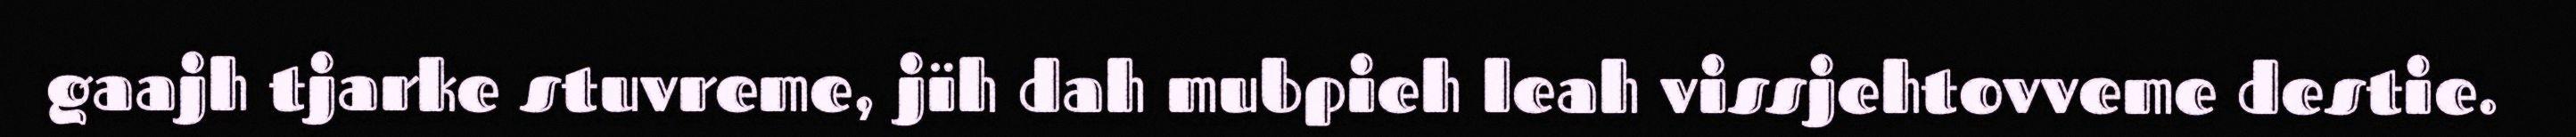
gaajh tjarke stuvreme, jïh dah mubpieh leah vissjehtovveme destie.